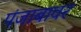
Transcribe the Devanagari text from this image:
पंजाबावर